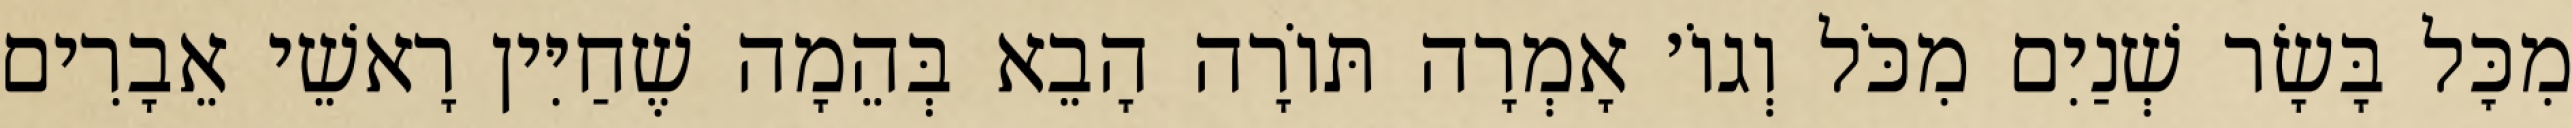
מִכׇּל בָּשָׂר שְׁנַיִם מִכֹּל וְגוֹ׳ אָמְרָה תּוֹרָה הָבֵא בְּהֵמָה שֶׁחַיִּין רָאשֵׁי אֵבָרִים